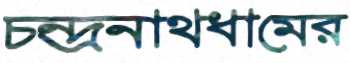
চন্দ্রনাথধামের